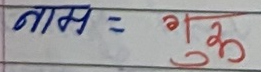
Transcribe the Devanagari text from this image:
नाम = गोकुल